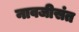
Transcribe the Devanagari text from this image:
नावजीसंत